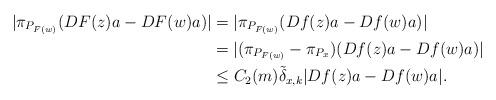
LaTeX: \begin{align*} \vert \pi_{P_{F(w)}}(DF(z)a-DF(w)a)\vert &=\vert \pi_{P_{F(w)}}(Df(z)a-Df(w)a)\vert \\ &=\vert (\pi_{P_{F(w)}}-\pi_{P_x})(Df(z)a-Df(w)a)\vert \\ &\leq C_2(m) \tilde \delta_{x,k} \vert Df(z)a-Df(w)a\vert. \end{align*}